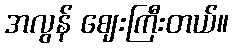
အလွန် ဈေးကြီးတယ်။